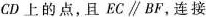
CD上的点，且EC \parallel BF，连接